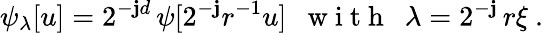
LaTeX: \psi_{\lambda}[u]=2^{-\mathbf{j}d}\, \psi[2^{-\mathbf{j}}r^{-1}u]~~\mathrm{{~w~i~t~h~}}~~\lambda=2^{-\mathbf{j}}\, r\xi~.